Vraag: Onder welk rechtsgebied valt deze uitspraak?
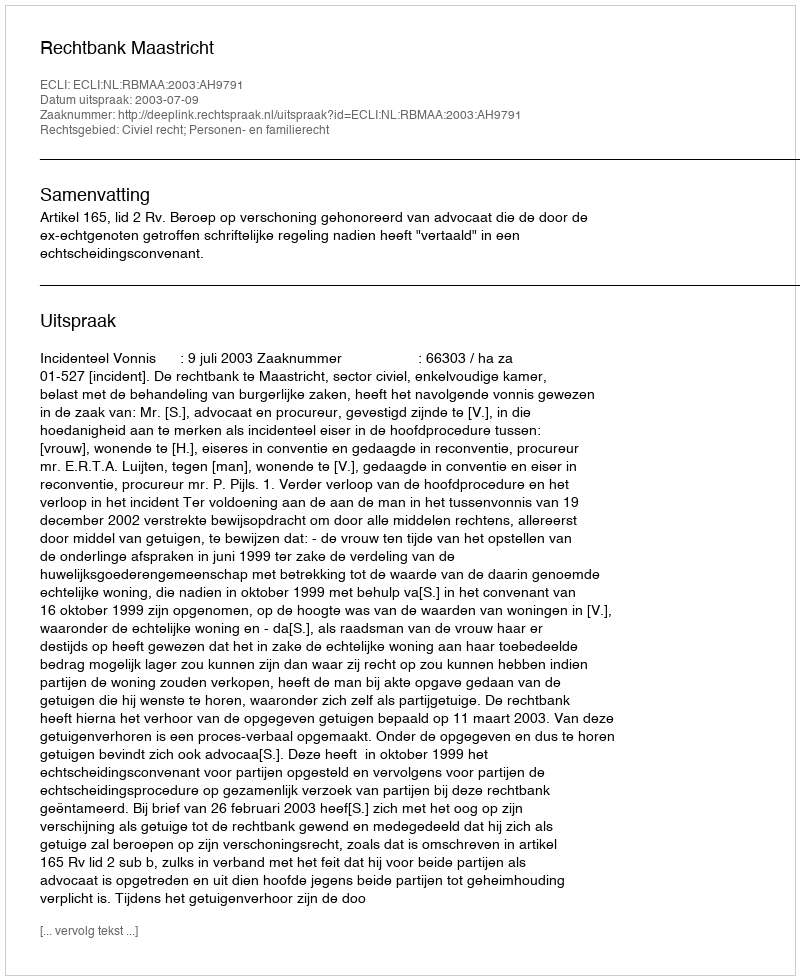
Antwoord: Civiel recht; Personen- en familierecht